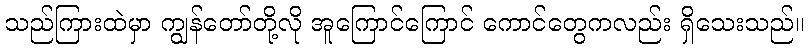
သည်ကြားထဲမှာ ကျွန်တော်တို့လို အူကြောင်ကြောင် ကောင်တွေကလည်း ရှိသေးသည်။